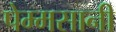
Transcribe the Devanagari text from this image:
पेम्मसानी